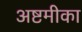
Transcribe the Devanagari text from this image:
अष्टमीका